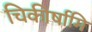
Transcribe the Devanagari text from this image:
चिकीर्षामि